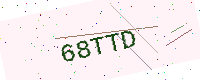
Text: 68TTD